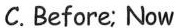
C.Before; Now